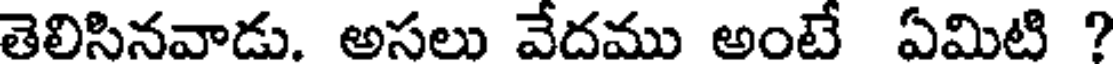
తెలిసినవాడు. అసలు వేదము అంటే ఏమిటి ?